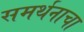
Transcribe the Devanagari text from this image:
समर्थनाचा